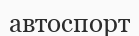
автоспорт